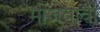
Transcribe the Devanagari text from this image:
माजवावी